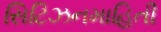
સિટિઝનમાહિતી